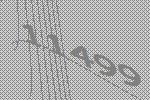
11499